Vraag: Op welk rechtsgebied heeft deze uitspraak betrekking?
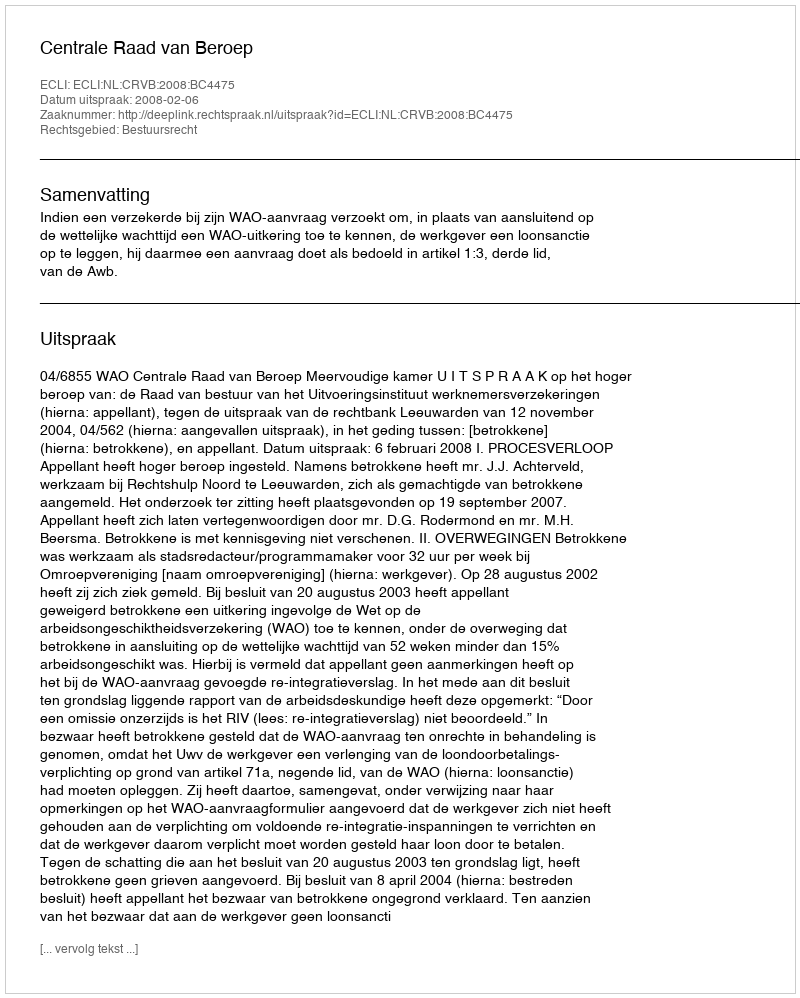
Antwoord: Bestuursrecht